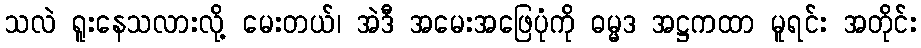
သလဲ ရူးနေသလားလို့ မေးတယ်၊ အဲဒီ အမေးအဖြေပုံကို ဓမ္မဒ အဋ္ဌကထာ မူရင်း အတိုင်း